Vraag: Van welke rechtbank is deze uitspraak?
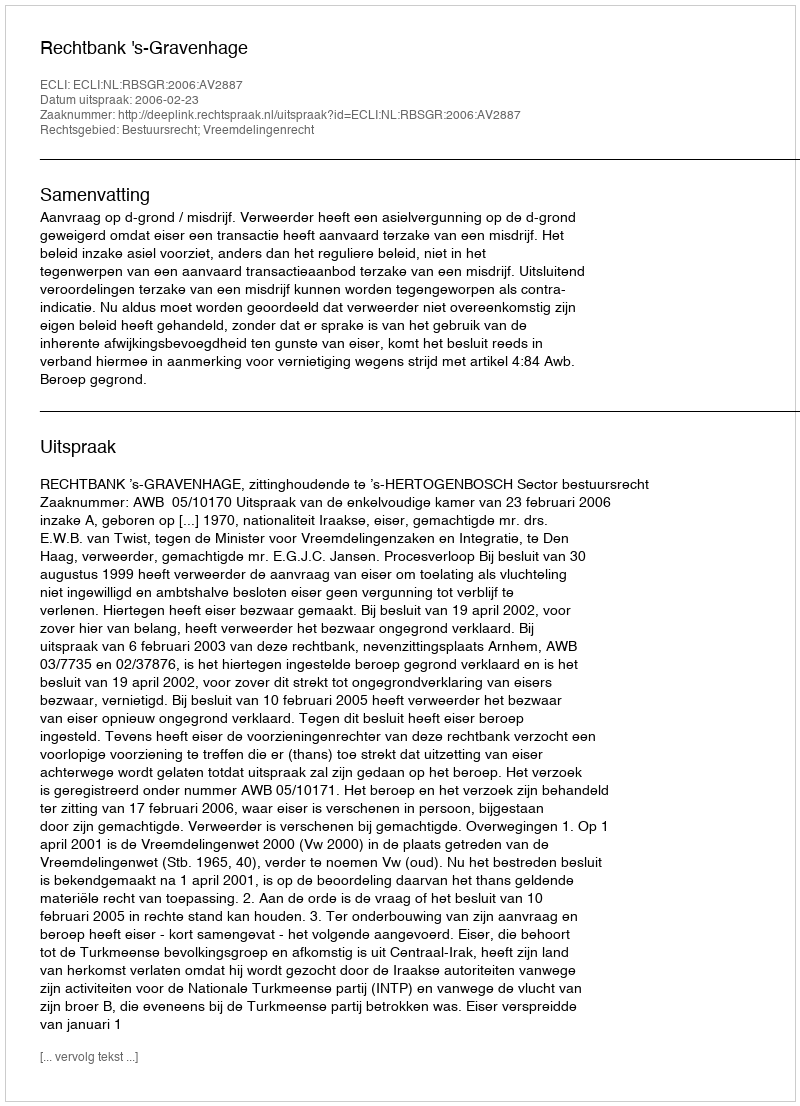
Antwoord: Rechtbank 's-Gravenhage